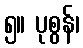
၅။ ပုစွန်၊